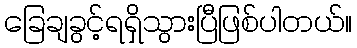
ခြေချခွင့်ရရှိသွားပြီဖြစ်ပါတယ်။